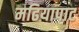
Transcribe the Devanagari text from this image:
मढियापाट